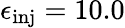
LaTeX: \epsilon_{\mathrm{inj}}=10.0